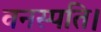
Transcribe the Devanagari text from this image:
वनस्पति।